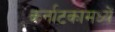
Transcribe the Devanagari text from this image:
कर्नाटकामध्यें